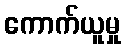
ကောက်ယူမှု